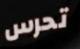
تحرس